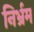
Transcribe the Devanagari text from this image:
निर्भ्रम